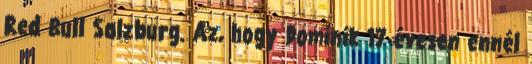
Red Bull Salzburg. Az, hogy Dominik 17 évesen ennél